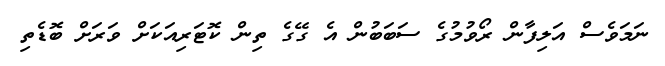
ނަމަވެސް އަލިފާން ރޯވުމުގެ ސަބަބުން އެ ގޭގެ ތިން ކޮޓަރިއަކަށް ވަރަށް ބޮޑެތި